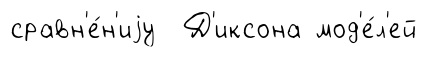
сравн'е́н'иjу Д'иксона мод'е́л'ей